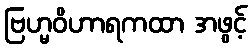
ဗြဟ္မဝိဟာရကထာ အဖွင့်